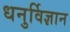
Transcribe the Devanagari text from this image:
धनुर्विज्ञान